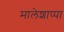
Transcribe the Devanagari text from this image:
मालेशाप्पा